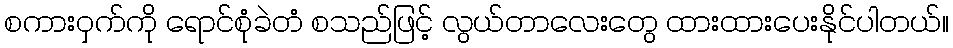
စကားဝှက်ကို ရောင်စုံခဲတံ စသည်ဖြင့် လွယ်တာလေးတွေ ထားထားပေးနိုင်ပါတယ်။